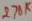
Text: 270K